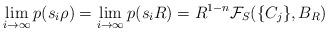
LaTeX: \begin{align*} \lim_{i\rightarrow\infty} p(s_i\rho) = \lim_{i\rightarrow\infty} p(s_iR) = R^{1-n}\mathcal{F}_S(\{C_j\},B_R)\end{align*}